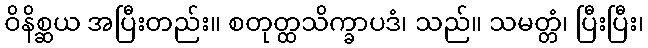
ဝိနိစ္ဆယ အပြီးတည်း။ စတုတ္ထသိက္ခာပဒံ၊ သည်။ သမတ္တံ၊ ပြီးပြီး၊